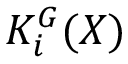
K _ { i } ^ { G } ( X )